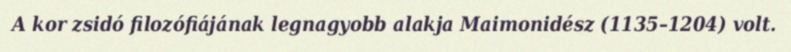
A kor zsidó filozófiájának legnagyobb alakja Maimonidész (1135–1204) volt.